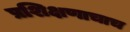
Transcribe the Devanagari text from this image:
प्रशिक्षणाचाच